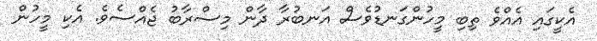
އެކީގައި އެއްވެ ތިބި މީހުންގަނޑުވެސް އަނބުރާ ދާން މިސްރާބު ޖެއްސެވެ. އެކި މީހުން